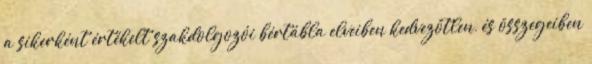
a sikerként értékelt szakdolgozói bértábla elveiben kedvezőtlen, és összegeiben